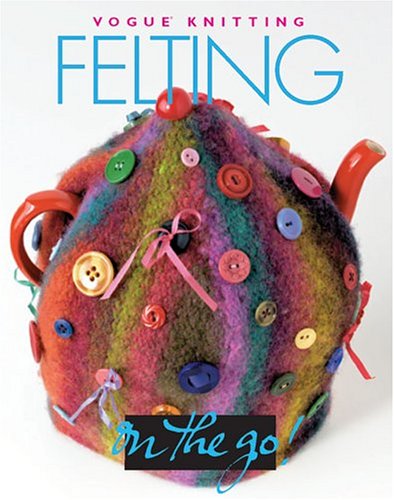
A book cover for VogueÂ® Knitting on the Go! Felting; Trisha Malcolm; Crafts, Hobbies & Home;